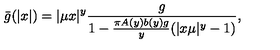
\bar { g } ( | x | ) = | \mu x | ^ { y } \frac { g } { 1 - \frac { \pi A ( y ) b ( y ) g } { y } ( | x \mu | ^ { y } - 1 ) } ,